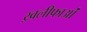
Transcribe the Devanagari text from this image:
ख़लीफाओं